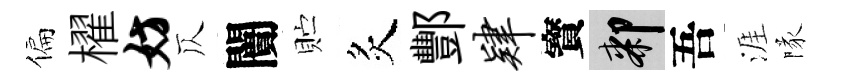
偏櫂妨仄闠贮炙酆肄寳膝吾涯隊